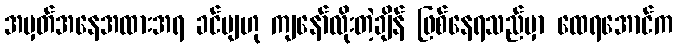
အမှတ်အနေအထားအရ ခင်ဗျဟု ကျနော်လိုးတဲ့ချိန် ဖြစ်နေရသည်မှာ ထေရအောင်က